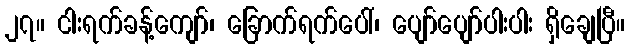
၂၇။ ငါးရက်ခန့်ကျော်၊ ခြောက်ရက်ပေါ်၊ ပျော်ပျော်ပါးပါး ရှိချေပြီ။